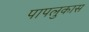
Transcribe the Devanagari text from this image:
पापलुकास